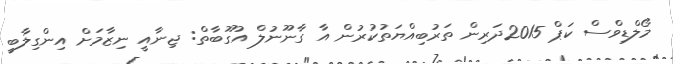
މޯލްޑިވްސް ކަޕް 2015ދަރިން ތަރުބިއްޔަތުކުރުން އާ ގާނޫނުލް އުގޫބާތް: ޖިނާއީ ނިޒާމަށް އިންގިލާބީ